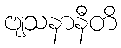
ဗျသနာနီတိ